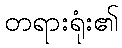
တရားရုံး၏